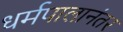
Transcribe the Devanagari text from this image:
धर्मपालानंतर